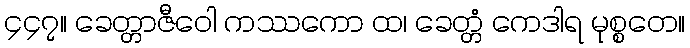
၄၄၇။ ခေတ္တာဇီဝေါ ကဿကော ထ၊ ခေတ္တံ ကေဒါရ မုစ္စတေ။